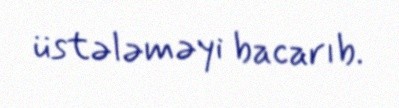
üstələməyi bacarıb.